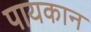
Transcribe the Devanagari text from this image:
पायकान